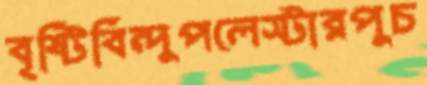
বৃষ্টিবিন্দুপলেস্টারপুচ